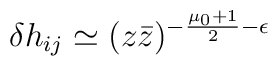
\delta h_{ij} \simeq (z \bar z)^{-\frac{\mu_0+1}{2} -\epsilon}